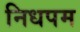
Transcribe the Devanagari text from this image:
निधपम